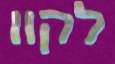
לקוו